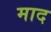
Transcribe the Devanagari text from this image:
माद